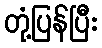
တုံ့ပြန်ပြီး